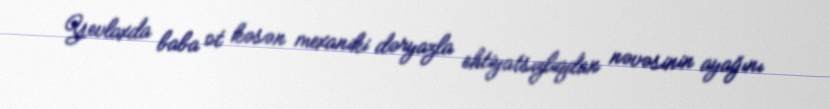
Yevlaxda baba ot kəsən mexaniki dəryazla ehtiyatsızlıqdan nəvəsinin ayağını